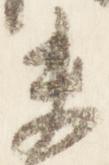
未